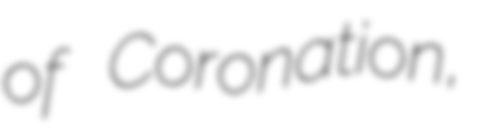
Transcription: of Coronation,